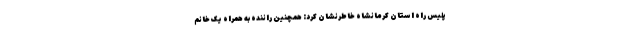
پلیس راه استان کرمانشاه خاطرنشان کرد: همچنین راننده به همراه یک خانم